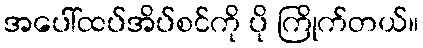
အပေါ်ထပ်အိပ်စင်ကို ပို ကြိုက်တယ်။